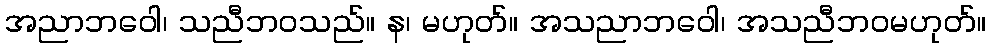
အညာဘဝေါ၊ သညီဘဝသည်။ န၊ မဟုတ်။ အသညာဘဝေါ၊ အသညီဘဝမဟုတ်။